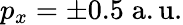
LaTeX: p_{x}=\pm 0.5\; \mathrm{a.u.}